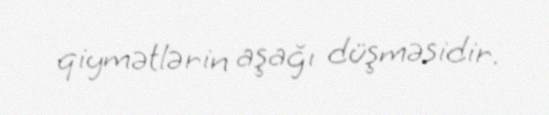
qiymətlərin aşağı düşməsidir.